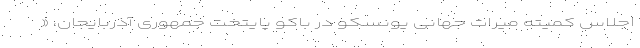
اجلاس کمیته میراث جهانی یونسکو در باکو پایتخت جمهوری آذربایجان، «